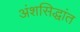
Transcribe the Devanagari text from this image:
अंशसिद्धांत